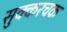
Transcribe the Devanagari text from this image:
सुक्करचक